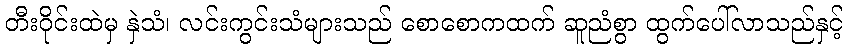
တီးဝိုင်းထဲမှ နှဲသံ၊ လင်းကွင်းသံများသည် စောစောကထက် ဆူညံစွာ ထွက်ပေါ်လာသည်နှင့်